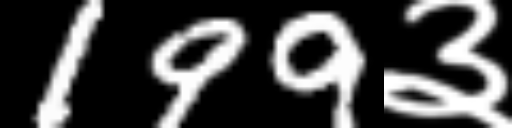
Text: 199३